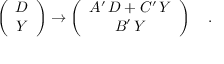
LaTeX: \left( \begin{array} { c } { { D } } \\ { { Y } } \end{array} \right) \rightarrow \left( \begin{array} { c } { { A ^ { \prime } \, D + C ^ { \prime } \, Y } } \\ { { B ^ { \prime } \, Y } } \end{array} \right) \quad .